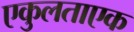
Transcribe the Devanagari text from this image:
एकुलताएक